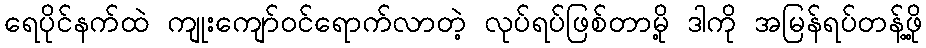
ရေပိုင်နက်ထဲ ကျုးကျော်ဝင်ရောက်လာတဲ့ လုပ်ရပ်ဖြစ်တာမို့ ဒါကို အမြန်ရပ်တန့်ဖို့